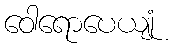
ဝေါရောပေယျုံ